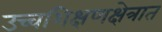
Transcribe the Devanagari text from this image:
उच्चशिक्षणक्षेत्रात